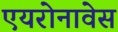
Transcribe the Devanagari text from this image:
एयरोनावेस